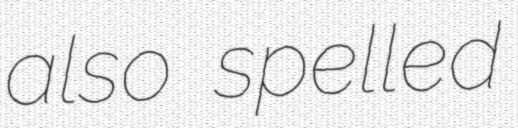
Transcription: also spelled